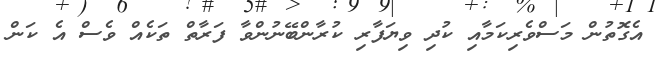
އެގޮތުން މަސްވެރިކަމާއި ކުދި ވިޔަފާރި ކުރާންބޭނުންވާ ފަރާތް ތަކެއް ވެސް އެ ކަން